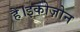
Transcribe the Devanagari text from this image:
है।इकोज़ोन